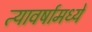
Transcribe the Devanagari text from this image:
त्यावर्षामध्ये